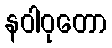
နဝါဝုတော